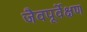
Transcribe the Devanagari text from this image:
जैवपूर्वेक्षण